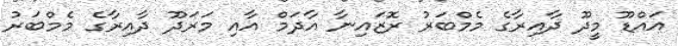
އައްޑޫ މީދޫ ދާއިރާގެ މެމްބަރު ރޮޒައިނާ އާދަމް އާއި މަރަދޫ ދާއިރާގެ މެމްބަރު